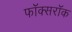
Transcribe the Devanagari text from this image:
फॉक्सरॉक